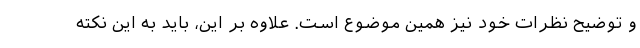
و توضیح نظرات خود نیز همین موضوع است. علاوه بر این، باید به این نکته